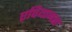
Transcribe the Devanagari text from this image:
एपियानस